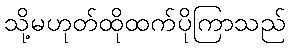
သို့မဟုတ်ထိုထက်ပိုကြာသည်